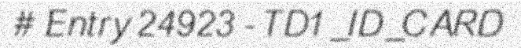
# Entry 24923 - TD1_ID_CARD